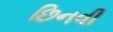
છિનવી